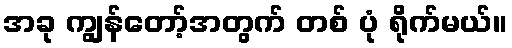
အခု ကျွန်တော့်အတွက် တစ် ပုံ ရိုက်မယ်။